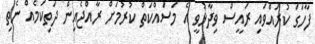
ފާހަގަ ކުރައްވައި ރައީސް ވިދާޅުވީ އެ މަސައްކަތް ކުރުމަށް ރާއްޖެއިން ދަތިކަމެއް ނެތި